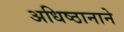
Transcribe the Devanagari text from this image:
अधिष्ठानाने